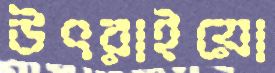
উৎরাইয়ো